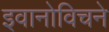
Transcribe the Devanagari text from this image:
इवानोविचने